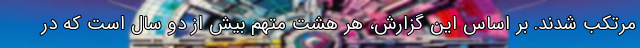
مرتکب شدند. بر اساس این گزارش، هر هشت متهم بیش از دو سال است که در